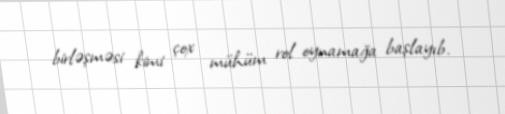
birləşməsi kimi çox mühüm rol oynamağa başlayıb.